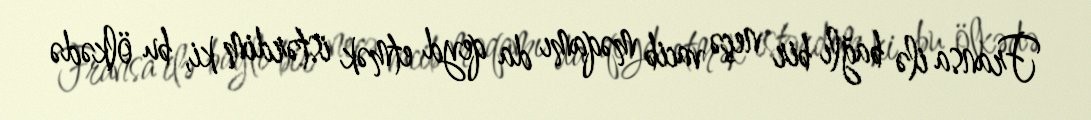
Fransa ilə bağlı bir neçə vacib məqamı da qeyd etmək istərdim ki, bu ölkədə